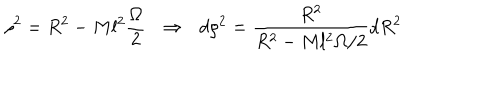
\rho ^ { 2 } = R ^ { 2 } - M l ^ { 2 } \frac { \Omega } { 2 } \: \: \: \Rightarrow \: \: \: d \rho ^ { 2 } = \frac { R ^ { 2 } } { R ^ { 2 } - M l ^ { 2 } \Omega / 2 } d R ^ { 2 }